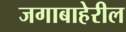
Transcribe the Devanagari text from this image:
जगाबाहेरील